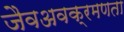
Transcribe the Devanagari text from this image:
जैवअवक्रमणता